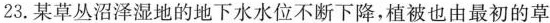
23.某草丛沼泽湿地的地下水水位不断下降，植被也由最初的草